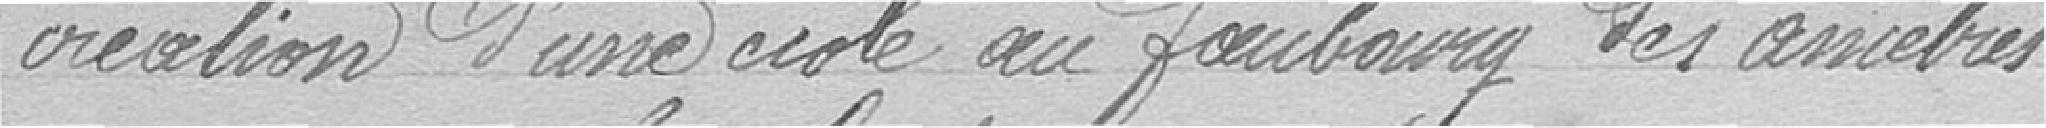
création d'une école au faubourg des ancêtres.